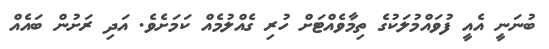
ބުނަނީ އެއީ ފުވައްމުލަކުގެ ތިމާވެއްޓަށް ހުރި ގެއްލުމެއް ކަމަށެވެ. އަދި ރަށުން ބައެއް